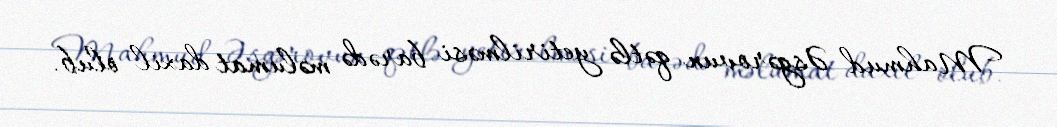
Mahmud Əsgərovun qətlə yetirilməsi barədə məlumat daxil olub.